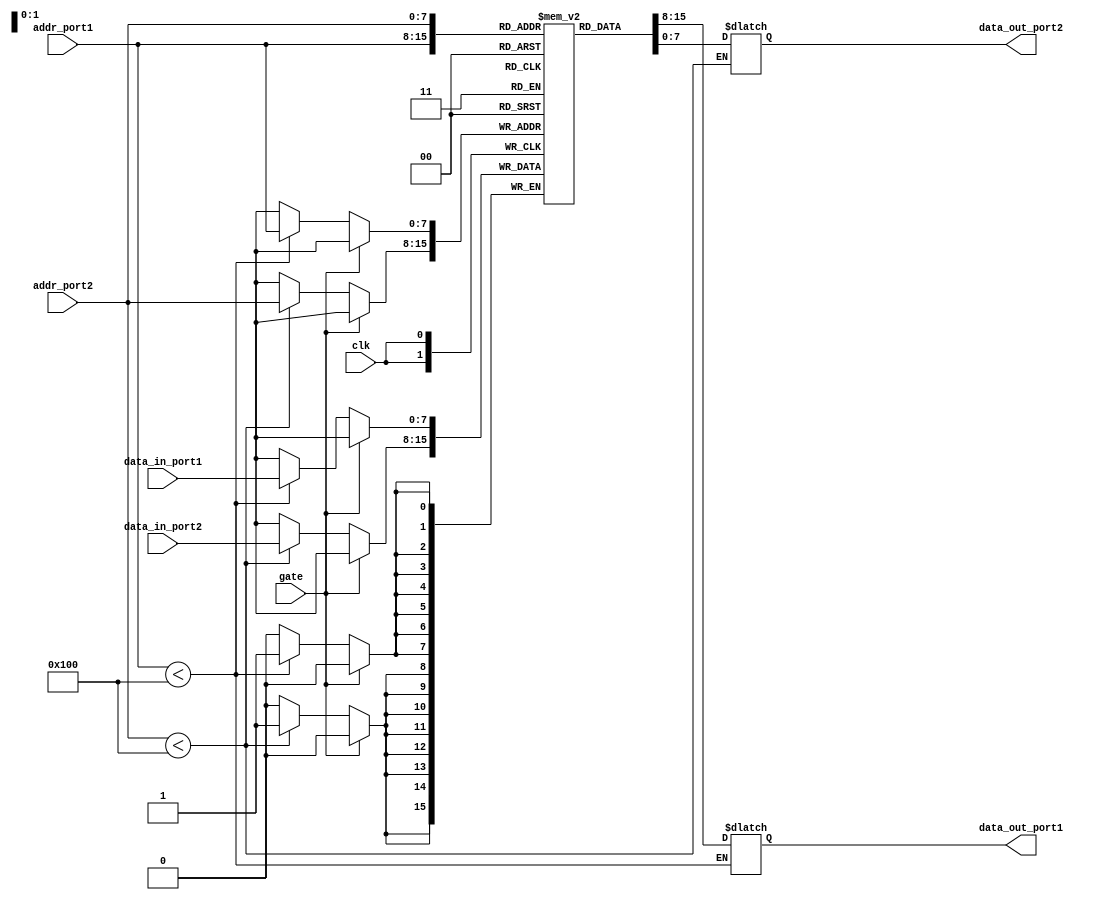
module dual_port_ram (
    input wire clk,
    input wire gate,
    input wire [7:0] addr_port1,
    input wire [7:0] addr_port2,
    input wire [7:0] data_in_port1,
    input wire [7:0] data_in_port2,
    output reg [7:0] data_out_port1,
    output reg [7:0] data_out_port2
);

reg [7:0] memory [0:255];

always @(posedge clk) begin
    if (gate == 0) begin
        if (addr_port1 < 256)
            memory[addr_port1] <= data_in_port1;
        
        if (addr_port2 < 256)
            memory[addr_port2] <= data_in_port2;
    end
end

always @(*) begin
    if (addr_port1 < 256)
        data_out_port1 = memory[addr_port1];
    
    if (addr_port2 < 256)
        data_out_port2 = memory[addr_port2];
end

endmodule